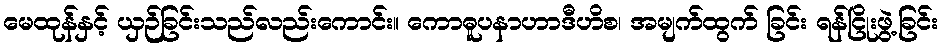
မေထုန်နှင့် ယှဉ်ခြင်းသည်လည်းကောင်း။ ကောဓူပနာဟာဒီဟိစ၊ အမျက်ထွက် ခြင်း ရန်ငြိုးဖွဲ့ခြင်း